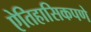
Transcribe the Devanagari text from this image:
ऐतिहासिकपणे